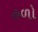
હળો